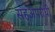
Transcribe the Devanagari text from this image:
सहअपराधी